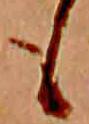
も